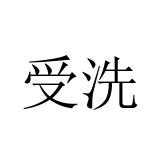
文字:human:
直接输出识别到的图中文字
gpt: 受洗